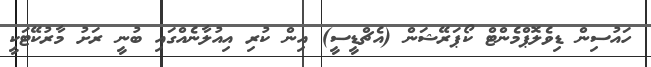
ހައުސިން ޑިވެލޮޕްމެންޓް ކޯޕަރޭޝަން (އެޗްޑީސީ) އިން ކުރި އިއުލާނެއްގައި ބުނީ ރަށު މާރުކޭޓަކީ